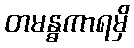
တမန္ဓကာရမှိ